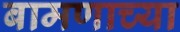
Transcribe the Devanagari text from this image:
बामणाच्या